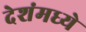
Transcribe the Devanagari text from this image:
देशंमध्ये